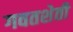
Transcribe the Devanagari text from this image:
गवतशेती